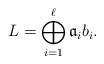
\begin{align*} L=\bigoplus_{i=1}^\ell \mathfrak a_i b_i.\end{align*}